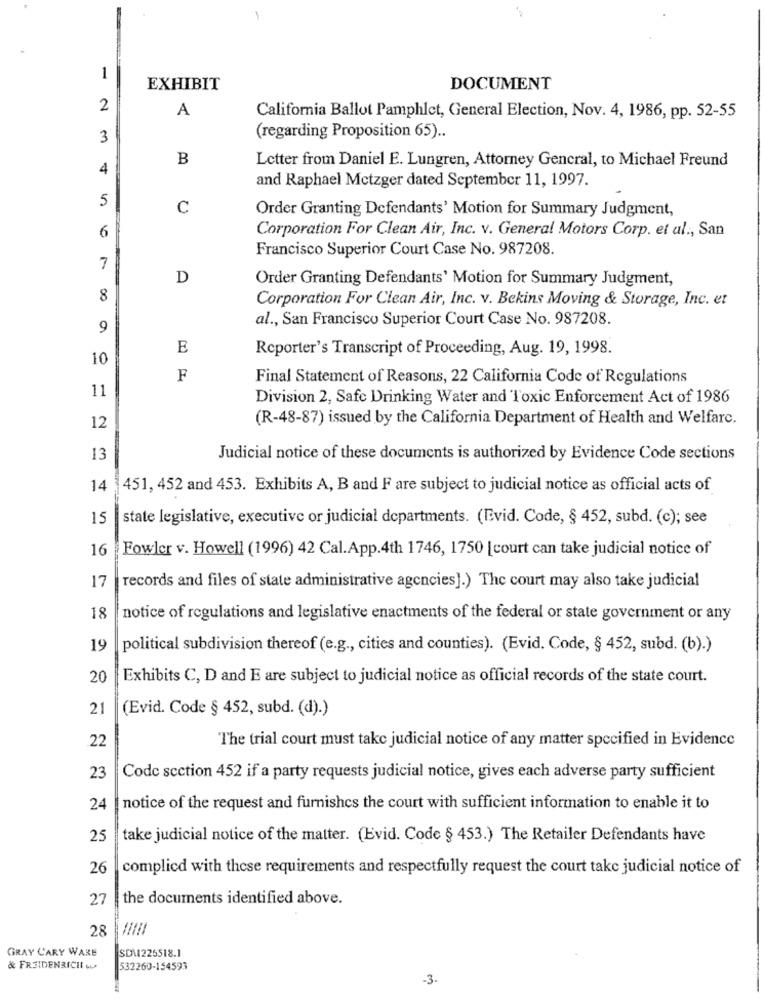
1
EXHIBIT
DOCUMENT
2
A
California Ballot Pamphlet, General Election, Nov. 4, 1986, pp. 52-55
3
(regarding Proposition 65) ..
B
4
Letter from Daniel E. Lungren, Attorney Gencral, to Michael Freund
and Raphael Metzger dated September 11, 1997.
5
C
Order Granting Defendants' Motion for Summary Judgment,
6
Corporation For Clean Air, Inc. v. General Motors Corp. et al ., San
Francisco Superior Court Case No. 987208.
7
D
Order Granting Defendants' Motion for Summary Judgment,
8
Corporation For Clean Air, Inc. v. Bekins Moving & Storage, Inc. et
al ., San Francisco Superior Court Case No. 987208.
9
E
Reporter's Transcript of Proceeding, Aug. 19, 1998.
10
F
Final Statement of Reasons, 22 California Code of Regulations
11
Division 2, Safe Drinking Water and Toxic Enforcement Act of 1986
(R-48-87) issued by the California Department of Health and Welfare.
12
13
Judicial notice of these documents is authorized by Evidence Code sections
14
451, 452 and 453. Exhibits A, B and F are subject to judicial notice as official acts of
15
state legislative, executive or judicial departments. (Evid. Code, § 452, subd. (c); see
16
Fowler v. Howell (1996) 42 Cal.App.4th 1746, 1750 [court can take judicial notice of
17
records and files of state administrative agencies].) The court may also take judicial
18
notice of regulations and legislative enactments of the federal or state government or any
19
political subdivision thereof (e.g ., cities and counties). (Evid. Code, § 452, subd. (b).)
20
Exhibits C, D and E are subject to judicial notice as official records of the state court.
21
(Evid. Code § 452, subd. (d).)
22
The trial court must take judicial notice of any matter specified in Evidence
23
Code section 452 if a party requests judicial notice, gives each adverse party sufficient
24
notice of the request and furnishcs the court with sufficient information to enable it to
25
take judicial notice of the matter. (bvid. Code § 453.) The Retailer Defendants have
26
complicd with these requirements and respectfully request the court take judicial notice of
27
the documents identified above.
28
GRAY CARY WAKE
SD\226518.1
& FRSIDENRICHE su
532260-154593
-3-